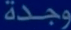
وجدة